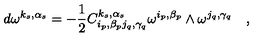
d \omega ^ { k _ { s } , \alpha _ { s } } = - \frac { 1 } { 2 } C _ { i _ { p } , \beta _ { p } j _ { q } , \gamma _ { q } } ^ { k _ { s } , \alpha _ { s } } \omega ^ { i _ { p } , \beta _ { p } } \wedge \omega ^ { j _ { q } , \gamma _ { q } } \quad ,